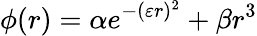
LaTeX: \phi(r)=\alpha e^{-(\varepsilon r)^{2}}+\beta r^{3}